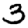
Digit: 3